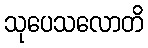
သုပေသလောတိ